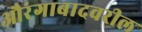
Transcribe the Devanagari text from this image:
औरंगाबादवरील